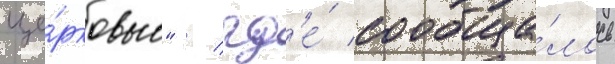
це́рковью" / гд'е́ сообща́лось